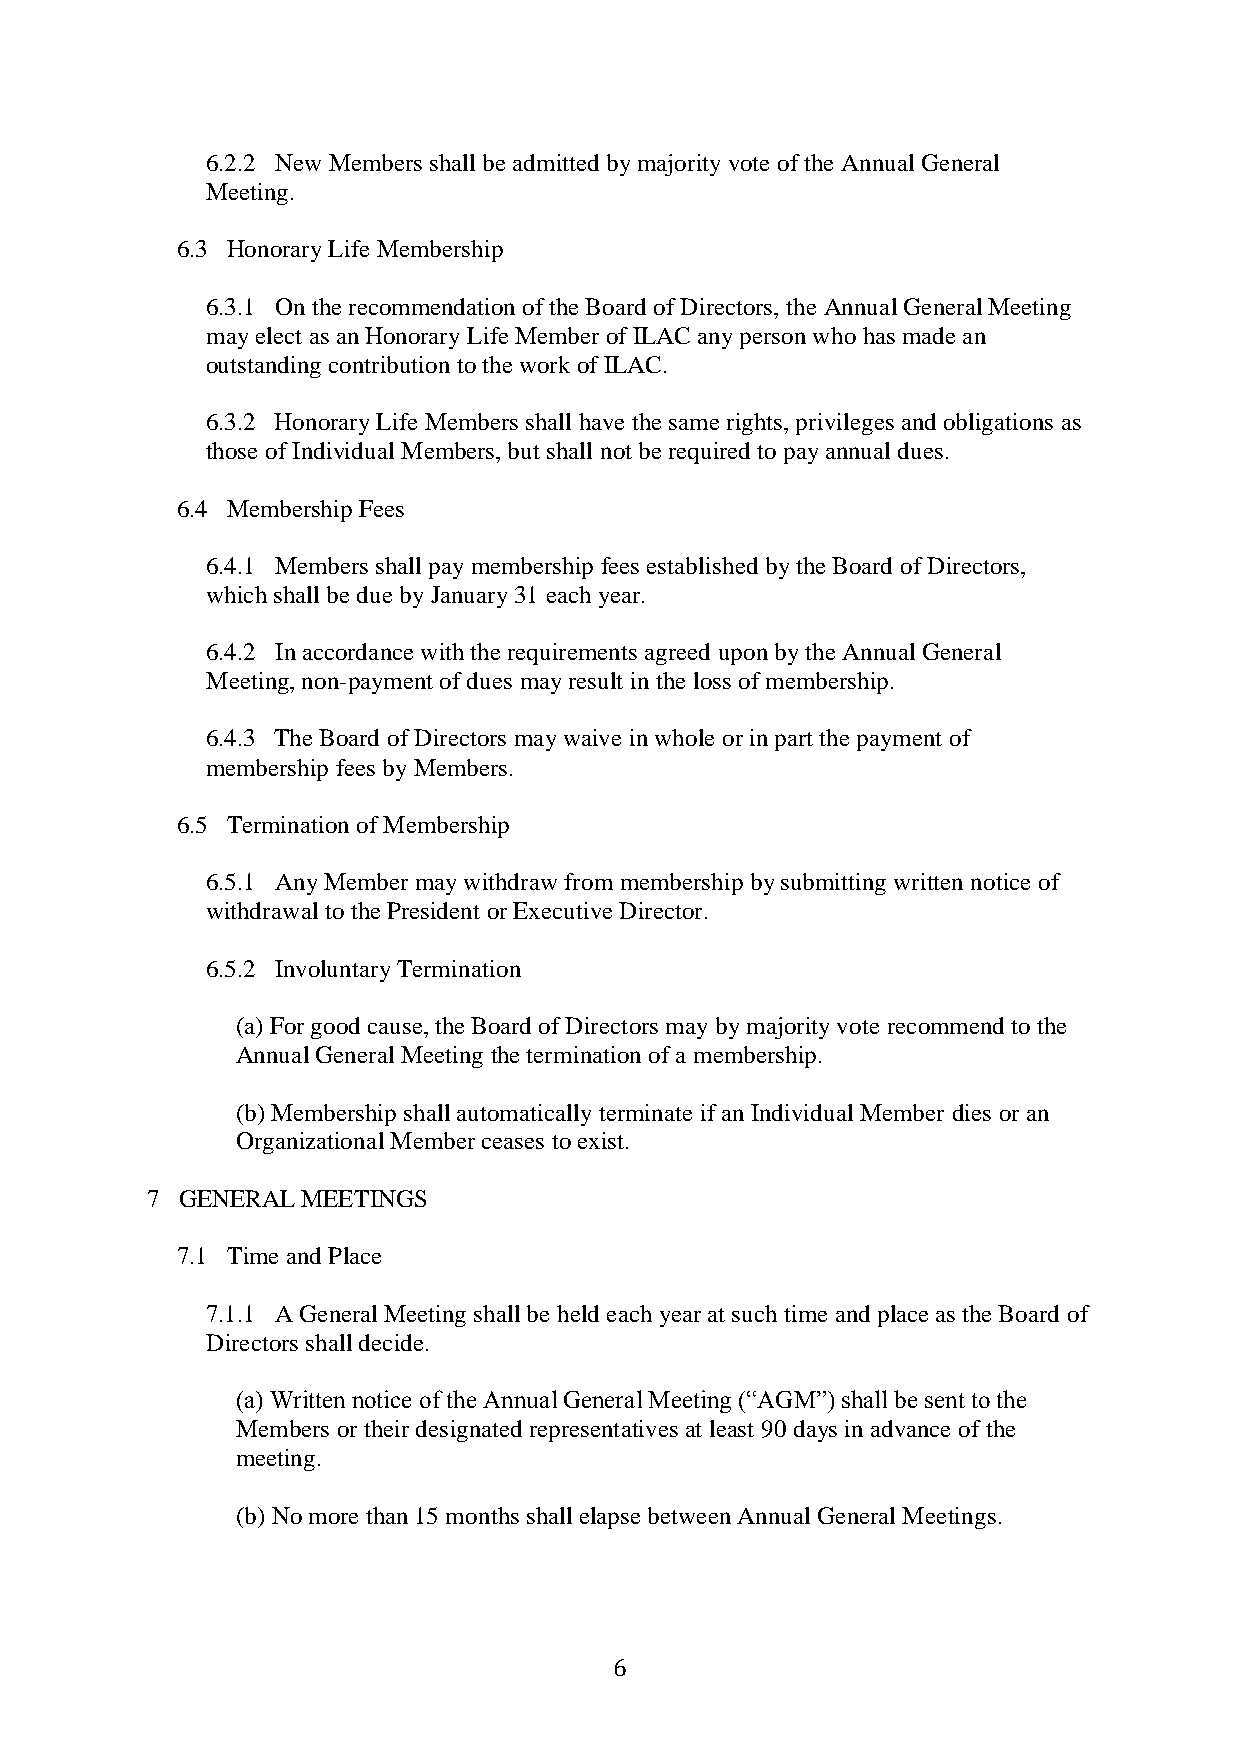
6.2.2 New Members shall be admitted by majority vote of the Annual General
 Meeting.
 6.3 Honorary Life Membership
 6.3.1 On the recommendation of the Board of Directors, the Annual General Meeting
 may elect as an Honorary Life Member of ILAC any person who has made an
 outstanding contribution to the work of ILAC.
 6.3.2 Honorary Life Members shall have the same rights, privileges and obligations as
 those of Individual Members, but shall not be required to pay annual dues.
 6.4 Membership Fees
 6.4.1 Members shall pay membership fees established by the Board of Directors,
 which shall be due by January 31 each year.
 6.4.2 In accordance with the requirements agreed upon by the Annual General
 Meeting, non-payment of dues may result in the loss of membership.
 6.4.3 The Board of Directors may waive in whole or in part the payment of
 membership fees by Members.
 6.5 Termination of Membership
 6.5.1 Any Member may withdraw from membership by submitting written notice of
 withdrawal to the President or Executive Director.
 6.5.2 Involuntary Termination
 (a) For good cause, the Board of Directors may by majority vote recommend to the
 Annual General Meeting the termination of a membership.
 (b) Membership shall automatically terminate if an Individual Member dies or an
 Organizational Member ceases to exist.
 7 GENERAL MEETINGS
 7.1 Time and Place
 7.1.1 A General Meeting shall be held each year at such time and place as the Board of
 Directors shall decide.
 (a) Written notice of the Annual General Meeting (“AGM”) shall be sent to the
 Members or their designated representatives at least 90 days in advance of the
 meeting.
 (b) No more than 15 months shall elapse between Annual General Meetings.
 6